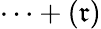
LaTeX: \cdots+(\mathfrak{r})